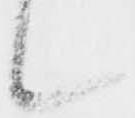
候